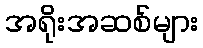
အရိုးအဆစ်များ